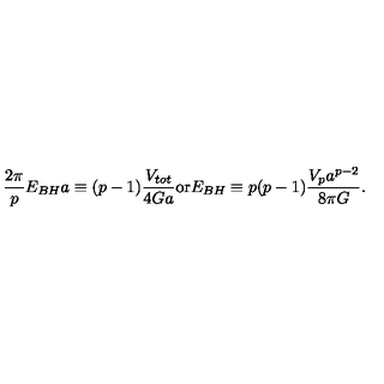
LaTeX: { \frac { 2 \pi } { p } } E _ { B H } a \equiv ( p - 1 ) { \frac { V _ { t o t } } { 4 G a } } \mathrm { o r } E _ { B H } \equiv p ( p - 1 ) { \frac { V _ { p } a ^ { p - 2 } } { 8 \pi G } } .